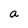
Character: a